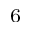
_ 6